Indian journal of veterinary science and animal husbandry - Volume 6,
Year: 1936
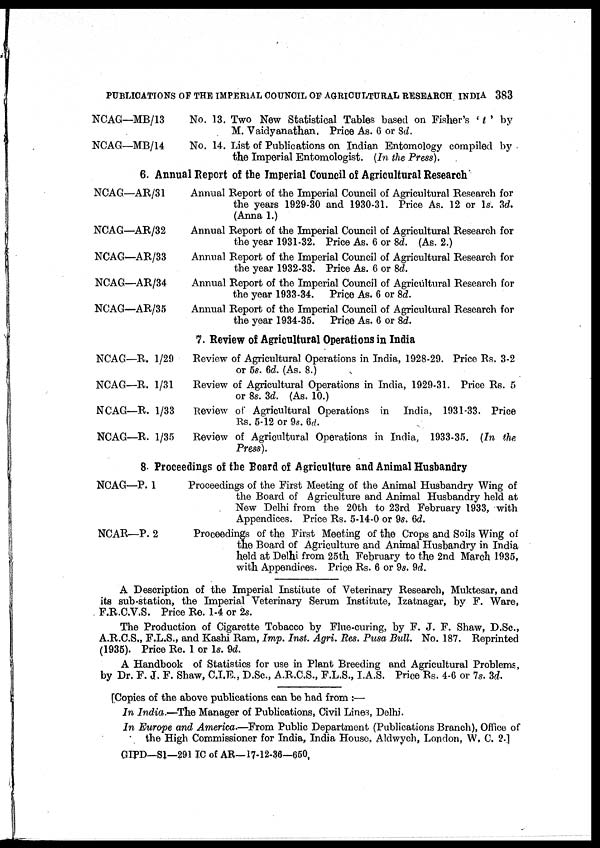
PUBLICATIONS OF THE IMPERIAL COUNCIL OF AGRICULTURAL RESEARCH INDIA 383
NCAG—MB/13
NCAG—MB/14
No. 13. Two New Statistical Tables based on Fisher's ' t ' by
M. Vaidyanathan. Price As. 6 or 8d.
No. 14. List of Publications on Indian Entomology compiled by
the Imperial Entomologist. (In the Press).
6. Annual Report of the Imperial Council of Agricultural Research
NCAG—AR/31
NCAG—AR/32
NCAG—AR/33
NCAG—AR/34
NCAG—AR/35
Annual Report of the Imperial Council of Agricultural Research for
the years 1929-30 and 1930-31. Price As. 12 or 1s. 3d.
(Anna 1.)
Annual Report of the Imperial Council of Agricultural Research for
the year 1931-32. Price As. 6 or 8d. (As. 2.)
Annual Report of the Imperial Council of Agricultural Research for
the year 1932-33. Price As. 6 or 8d.
Annual Report of the Imperial Council of Agricultural Research for
the year 1933-34. Price As. 6 or 8d.
Annual Report of the Imperial Council of Agricultural Research for
the year 1934-35. Price As. 6 or 8d.
7. Review of Agricultural Operations in India
NCAG—R. 1/29
NCAG—R. 1/31
NCAG—R. 1/33
NCAG—R. 1/35
Review of Agricultural Operations in India, 1928-29. Price Rs. 3.2
or 5s. 6d. (As. 8.)
Review of Agricultural Operations in India, 1929-31. Price Rs. 5
or 8s. 3d. (As. 10.)
Review of Agricultural Operations in India, 1931-33. Price
Rs. 5-12 or 9s. 6d.
Review of Agricultural Operations in India, 1933-35. (In the
Press).
8. Proceedings of the Board of Agriculture and Animal Husbandry
NCAG—P. 1
NCAR—P. 2
Proceedings of the First Meeting of the Animal Husbandry Wing of
the Board of Agriculture and Animal Husbandry held at
New Delhi from the 20th to 23rd February 1933, with
Appendices. Price Rs. 5-14-0 or 9s. 6d.
Proceedings of the First Meeting of the Crops and Soils Wing of
the Board of Agriculture and Animal Husbandry in India
held at Delhi from 25th February to the 2nd March 1935,
with Appendices. Price Rs. 6 or 9s. 9d.
A Description of the Imperial Institute of Veterinary Research, Muktesar, and
its sub-station, the Imperial Veterinary Serum Institute, Izatnagar, by F. Ware,
F.R.C.V.S. Price Re. 1-4 or 2s.
The Production of Cigarette Tobacco by Flue-curing, by F. J. F. Shaw, D.Sc,
A.R.C.S., F.L.S., and Kashi Ram, Imp. Inst. Agri. Res. Pusa Bull. No. 187. Reprinted
(1935). Price Re. 1 or 1s. 9d.
A Handbook of Statistics for use in Plant Breeding and Agricultural Problems,
by Dr. F. J. F. Shaw, C.I.E., D.Sc, A.R.C.S., F.L.S., I.A.S. Price Rs. 4-6 or 7s. 3d.
[Copies of the above publications can be had from :—
In India.—The Manager of Publications, Civil Lines, Delhi.
In Europe and America.—From Public Department (Publications Branch), Office of
the High Commissioner for India, India House. Aldwych, London, W, C. 2.]
GIPD—S1—291 IC of AR—17-12-36—650.